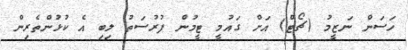
ހަސަން ނަޒީމު (ޗޯޓް) އަށް ގައުމީ ޓީމުން ފުރުސަތު ލިބި އެ ކުޅުންތެރިން